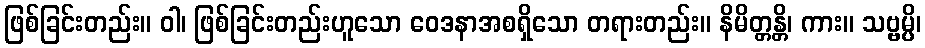
ဖြစ်ခြင်းတည်း။ ဝါ၊ ဖြစ်ခြင်းတည်းဟူသော ဝေဒနာအစရှိသော တရားတည်း။ နိမိတ္တန္တိ၊ ကား။ သဗ္ဗမ္ပိ၊